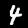
Label: 4